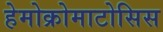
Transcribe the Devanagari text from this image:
हेमोक्रोमाटोसिस